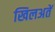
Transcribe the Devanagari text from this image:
खिलअतें